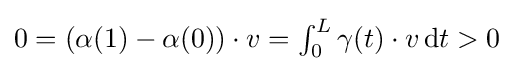
\textstyle 0=(\alpha (1)-\alpha (0))\cdot v=\int _{0}^{L}\gamma (t)\cdot v\,\mathrm {d} t>0